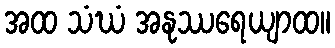
အထ သံဃံ အနုဿရေယျာထ။